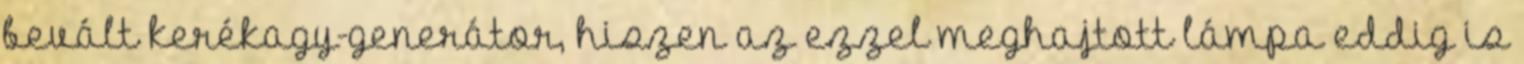
bevált kerékagy-generátor, hiszen az ezzel meghajtott lámpa eddig is